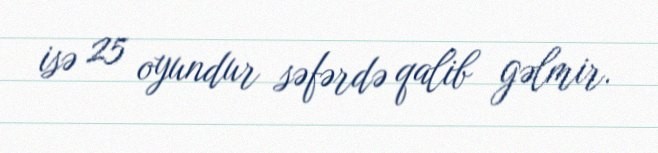
isə 25 oyundur səfərdə qalib gəlmir.